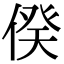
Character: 𠊾